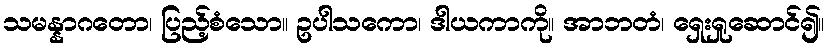
သမန္နာဂတော၊ ပြည့်စံသော။ ဥပါသကော၊ ဒါယကာကို။ အာဘတံ၊ ရှေးရှုဆောင်၍။